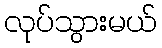
လုပ်သွားမယ်